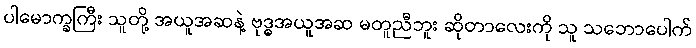
ပါမောက္ခကြီး သူတို့ အယူအဆနဲ့ ဗုဒ္ဓအယူအဆ မတူညီဘူး ဆိုတာလေးကို သူ သဘောပေါက်